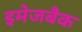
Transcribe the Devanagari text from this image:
इमेजबैक